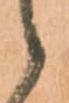
候